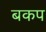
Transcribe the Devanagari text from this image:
बकप